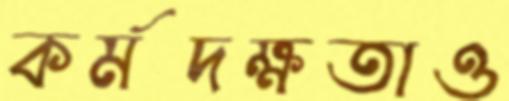
কর্মদক্ষতাও